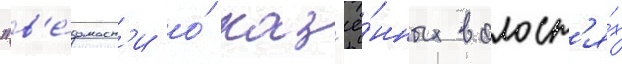
"в'е́домост'и о́ каз'ё́нных волост'я́х